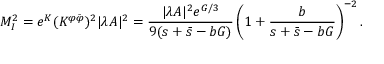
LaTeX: M _ { I } ^ { 2 } = e ^ { K } ( K ^ { \varphi \bar { \varphi } } ) ^ { 2 } | \lambda A | ^ { 2 } = \frac { | \lambda A | ^ { 2 } e ^ { G / 3 } } { 9 ( s + \bar { s } - b G ) } \left( 1 + \frac { b } { s + \bar { s } - b G } \right) ^ { - 2 } .